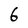
Character: 6